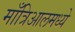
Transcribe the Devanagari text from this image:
माँत्रिआलमध्ये